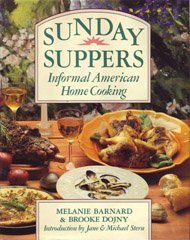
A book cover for Sunday Suppers: Informal American Home Cooking; Melanie Barnard; Cookbooks, Food & Wine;